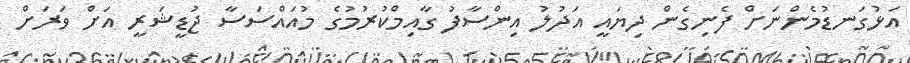
އަޅުގަނޑުމެންނަށް ފެނިގެން ދިޔައީ އަދުލު އިންސާފު ގާއިމްކުރުމުގެ މުއައްސަސާ ޖުޑީޝަރީ އަށް ވަރަށް